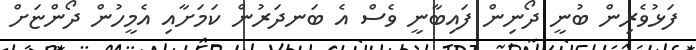
ފަޅުވެރިން ބުނީ ދޯނިން ފައިބާނީ ވެސް އެ ބަނދަރުން ކަމަށާއި އެމީހުން ދޯންޏަށް